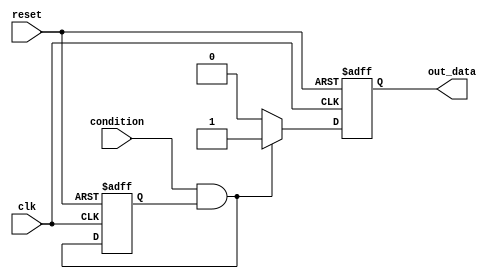
module while_loop (
    input wire clk,
    input wire reset,
    input wire condition,
    output reg out_data
);

// Define a reg for loop control
reg loop_enable;

// Initial state
always @(posedge clk or posedge reset) begin
    if (reset) begin
        loop_enable <= 1'b0;
        out_data <= 1'b0;
    end else begin
        if (condition && loop_enable) begin
            out_data <= 1'b1; // Execute statements inside loop
        end else begin
            out_data <= 1'b0;
        end
        loop_enable <= condition && loop_enable; // Update loop control
    end
end

endmodule